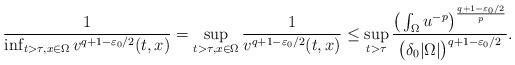
LaTeX: \begin{align*}\frac{1}{\inf_{t>\tau,x\in\Omega} v^{q+1-\varepsilon_0/2}(t,x)}=\sup_{t>\tau,x\in\Omega}\frac{1}{v^{q+1-\varepsilon_0/2}(t,x)}\le \sup_{t>\tau} \frac{\big(\int_\Omega u^{-p}\big)^{\frac{q+1-\varepsilon_0/2}{p}}}{\big(\delta_0|\Omega|\big)^{q+1-\varepsilon_0/2}}.\end{align*}